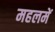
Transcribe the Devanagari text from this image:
महलमें